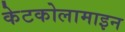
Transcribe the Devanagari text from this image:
केटकोलामाइन